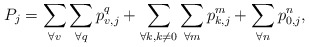
\begin{align*} P_j=\sum\limits_{\forall v}\sum\limits_{\forall q} p_{v,j}^q + \sum\limits_{\forall k, k\ne0}\sum\limits_{\forall m} p_{k,j}^m +\sum\limits_{\forall n} p_{0,j}^n,\end{align*}